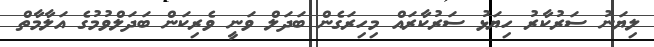
ލިޔަނު ސަރުކާރު ހިޔަޅު ސަރުކާރައް މިހިރަގެން ބަދަލް ވަނީ ވެރިކަން ބަދަލްވުމުގެ އަލާމާތް